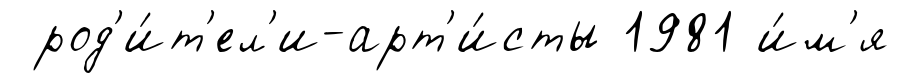
род'и́т'ел'и-арт'и́сты 1981 и́м'я